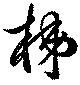
梯